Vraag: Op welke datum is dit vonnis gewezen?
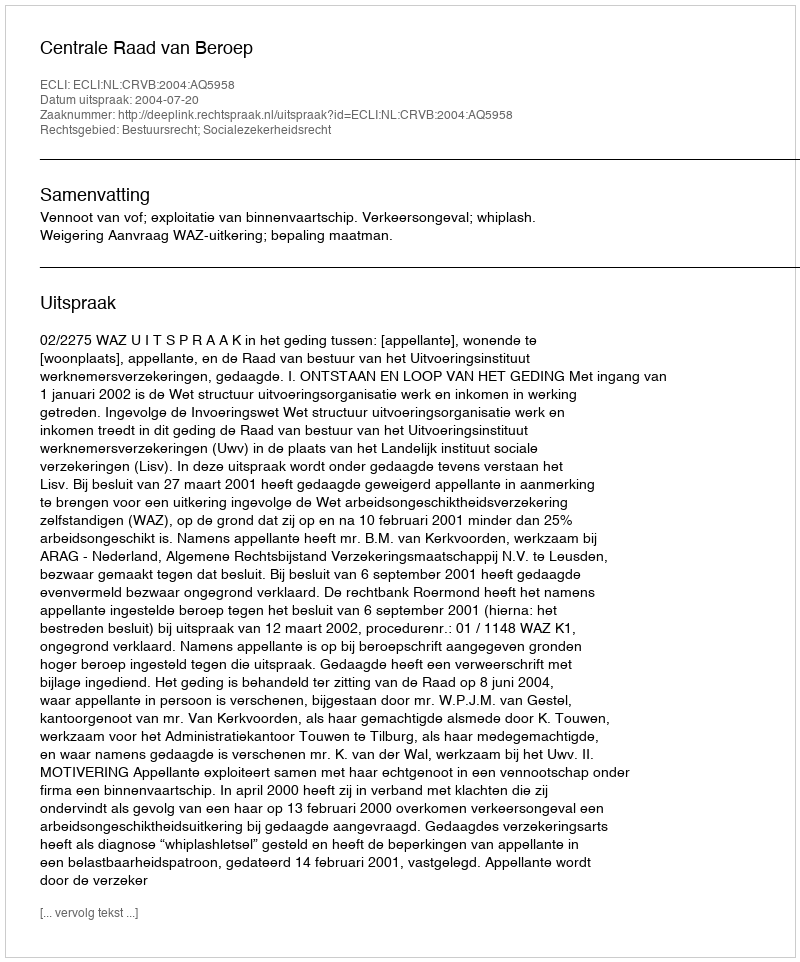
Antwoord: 2004-07-20